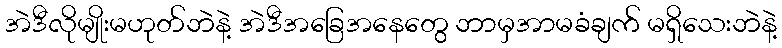
အဲဒီလိုမျိုးမဟုတ်ဘဲနဲ့ အဲဒီအခြေအနေတွေ ဘာမှအာမခံချက် မရှိသေးဘဲနဲ့